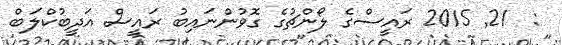
:  21